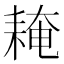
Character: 䎨